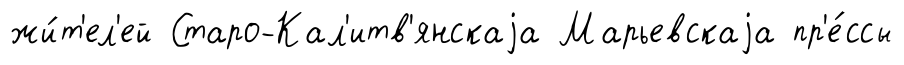
жи́т'ел'ей Старо-Кал'итв'янскаjа Марьевскаjа пр'е́ссы